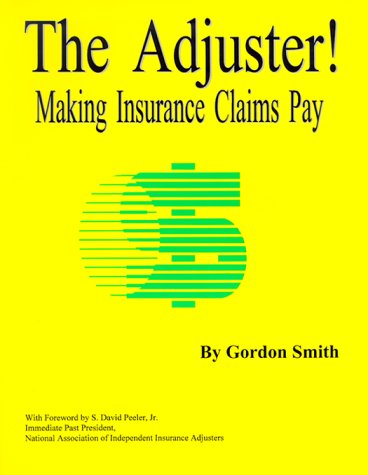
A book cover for The Adjuster! Making Insurance Claims Pay; Gordon Smith; Engineering & Transportation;